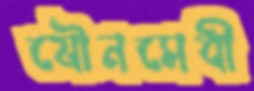
যৌনসেবী